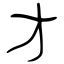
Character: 才